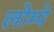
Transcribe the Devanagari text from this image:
लोम्पे